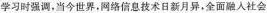
学习时强调，当今世界，网络信息技术日新月异，全面融入社会